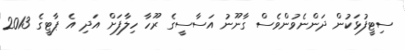
ސިޓީފުޅަކުން ދަންނެވުންވެސް ގާނޫނު އަސާސީގެ ރޫހާ ހިލާފަށް އަދި އެ ޕާޓީގެ 2013